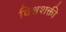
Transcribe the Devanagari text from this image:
विश्वशक्ती